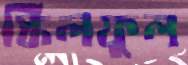
স্কিলফুল